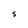
Character: s